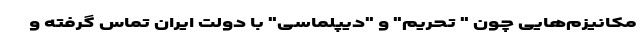
مکانیزم‌هایی چون " تحریم" و "دیپلماسی" با دولت ایران تماس گرفته و